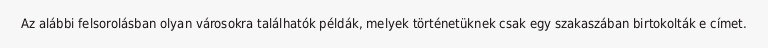
Az alábbi felsorolásban olyan városokra találhatók példák, melyek történetüknek csak egy szakaszában birtokolták e címet.